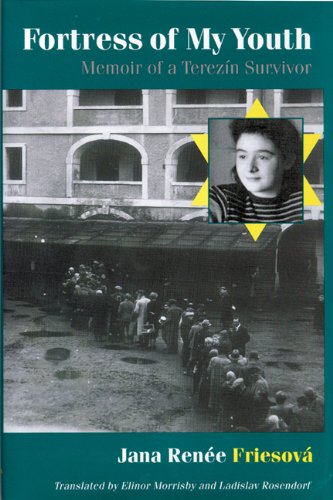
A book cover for Fortress of My Youth:  Memoir of a TerezÃ­n Survivor; Jana Renee Friesova; Biographies & Memoirs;